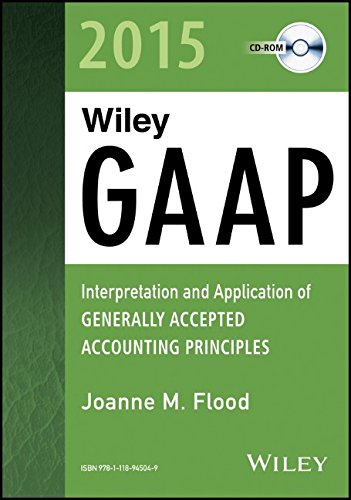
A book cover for Wiley GAAP 2015: Interpretation and Application of Generally Accepted Accounting Principles CD-ROM (Wiley Regulatory Reporting); Joanne M. Flood; Test Preparation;